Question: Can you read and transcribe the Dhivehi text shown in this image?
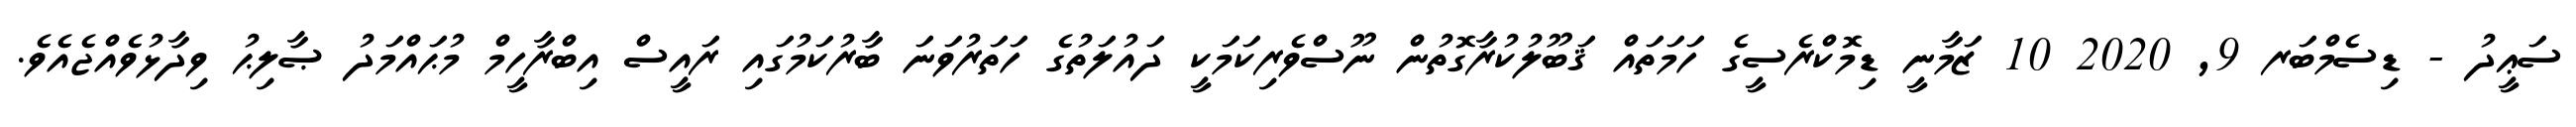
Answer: ސަޢީދު - ޑިސެމްބަރ 9, 2020 10 ޒަމާނީ ޑިމޮކްރެސީގެ ހަމަތައް ޤަބޫލުކުރާގޮތުން ނޫސްވެރިކަމަކީ ދައުލަތުގެ ހަތަރުވަނަ ބާރުކަމުގައި ރައީސް އިބްރާހީމް މުޙައްމަދު ޞާލިޙު ވިދާޅުވެއްޖެއެވެ.